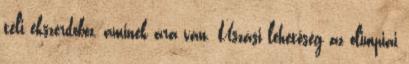
téli ékszerdoboz, aminek ára van. Úszási lehetőség az olimpiai